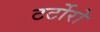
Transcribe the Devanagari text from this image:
टर्टोरो